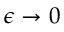
\epsilon \rightarrow 0